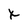
Character: X